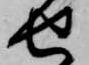
せ